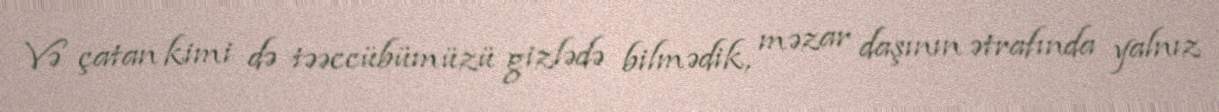
Və çatan kimi də təəccübümüzü gizlədə bilmədik, məzar daşının ətrafında yalnız